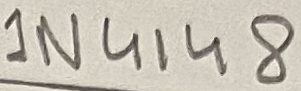
Text: 1N4148